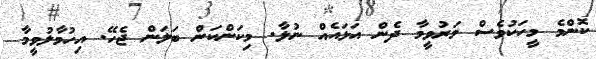
ކޮންމެ މީހަކުވެސް މަރުވީމާ ދެން އަޅައެއް ނުލާ. މިކަންކަން ބަލަން ޖެހޭ. އިހުމާލުވީމާ